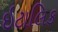
ઇટાલિક